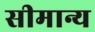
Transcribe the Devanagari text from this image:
सीमान्य